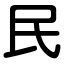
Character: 民